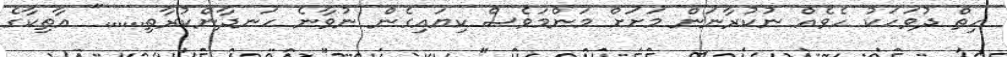
ހިތް ދުވަހަކު ހެވެއް ނުކުރާނަން މަށަށް މަންމަވެސް ކިޔައިގެން ނުވާނެ ހަނދާންކުރާތި......" އާތިކާގެ